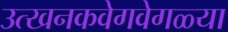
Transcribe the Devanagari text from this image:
उत्खनकवेगवेगळ्या